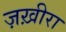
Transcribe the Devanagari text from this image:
ज़ख़ीरा